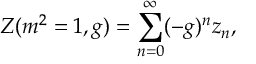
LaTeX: Z ( m ^ { 2 } = 1 , g ) = \sum _ { n = 0 } ^ { \infty } ( - g ) ^ { n } z _ { n } ,